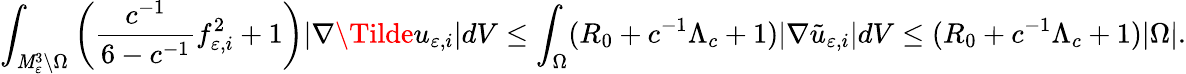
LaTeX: \int_{\mathit{M}_{\varepsilon}^{3}\setminus\Omega}\left(\frac{{c^{-1}}}{{6-c^{-1}}}f_{\varepsilon,i}^{2}+1\right)|\nabla\Tilde{u}_{\varepsilon,i}|dV\le\int_{\Omega}(R_{0}+c^{-1}\Lambda_{c}+1)|\nabla\tilde{{u}}_{\varepsilon,i}|dV\le(R_{0}+c^{-1}\Lambda_{c}+1)|\Omega|.